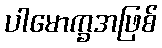
ပါမောက္ခအဖြစ်